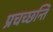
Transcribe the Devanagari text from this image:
प्रचच्छन्ति